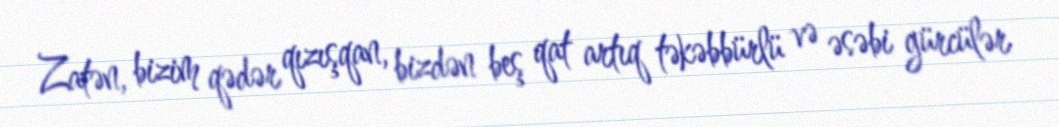
Zatən, bizim qədər qızışqan, bizdən beş qat artıq təkəbbürlü və əsəbi gürcülər